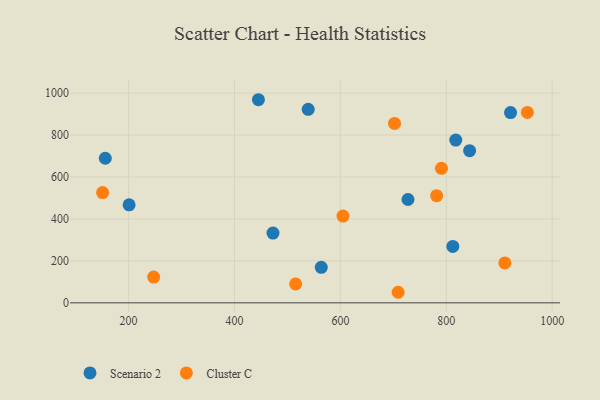
{"axis": {"x": "Study Hours", "y": "Yield"}, "legend": ["Cluster C", "Scenario 2"], "data": [{"x": "472.7", "y": 332.9, "type": "Scenario 2"}, {"x": "155.9", "y": 689.4, "type": "Scenario 2"}, {"x": "539.2", "y": 923.0, "type": "Scenario 2"}, {"x": "921.4", "y": 907.2, "type": "Scenario 2"}, {"x": "812.4", "y": 269.2, "type": "Scenario 2"}, {"x": "844.1", "y": 725.5, "type": "Scenario 2"}, {"x": "727.7", "y": 492.8, "type": "Scenario 2"}, {"x": "563.9", "y": 169.5, "type": "Scenario 2"}, {"x": "445.2", "y": 968.6, "type": "Scenario 2"}, {"x": "817.9", "y": 776.0, "type": "Scenario 2"}, {"x": "200.9", "y": 467.3, "type": "Scenario 2"}, {"x": "709.1", "y": 50.4, "type": "Cluster C"}, {"x": "790.9", "y": 641.6, "type": "Cluster C"}, {"x": "781.8", "y": 511.0, "type": "Cluster C"}, {"x": "515.5", "y": 90.4, "type": "Cluster C"}, {"x": "702.3", "y": 855.4, "type": "Cluster C"}, {"x": "150.9", "y": 526.0, "type": "Cluster C"}, {"x": "247.3", "y": 123.0, "type": "Cluster C"}, {"x": "910.6", "y": 190.3, "type": "Cluster C"}, {"x": "953.2", "y": 908.2, "type": "Cluster C"}, {"x": "605.0", "y": 414.0, "type": "Cluster C"}]}